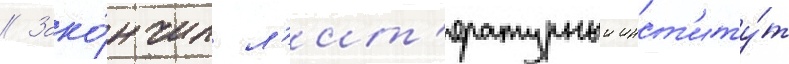
// Зако́нчил л'ит'ературныи инст'иту́т